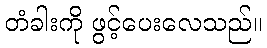
တံခါးကို ဖွင့်ပေးလေသည်။